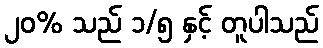
၂၀% သည် ၁/၅ နှင့် တူပါသည်